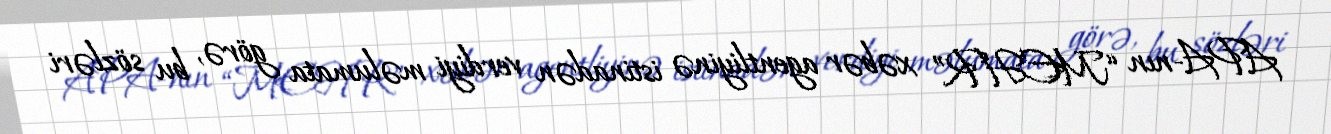
APA-nın “MEHR” xəbər agentliyinə istinadən verdiyi məlumata görə, bu sözləri